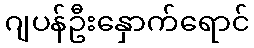
ဂျပန်ဦးနှောက်ရောင်